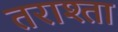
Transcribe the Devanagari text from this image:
तराश्ता